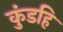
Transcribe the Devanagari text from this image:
कुंडहि